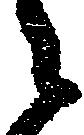
之